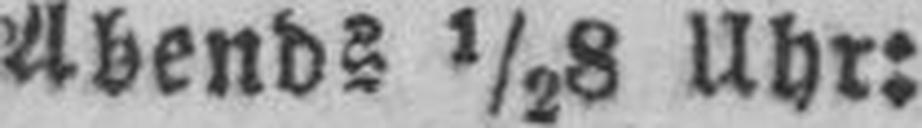
Abends ½8 Uhr: